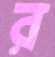
র